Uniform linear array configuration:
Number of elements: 12
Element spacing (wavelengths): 1
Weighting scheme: binomial
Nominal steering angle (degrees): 45
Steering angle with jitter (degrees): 45.822
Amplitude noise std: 0.05
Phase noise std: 0.05

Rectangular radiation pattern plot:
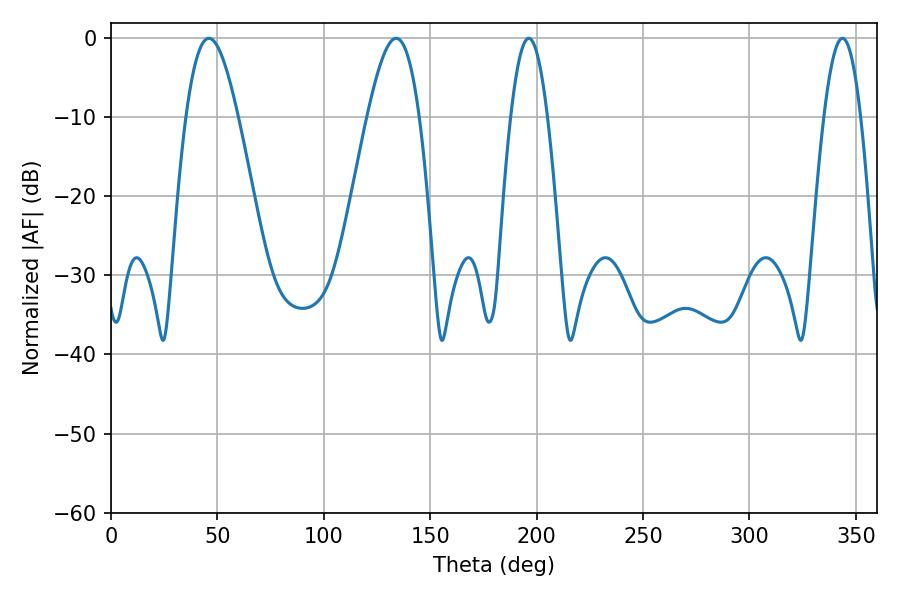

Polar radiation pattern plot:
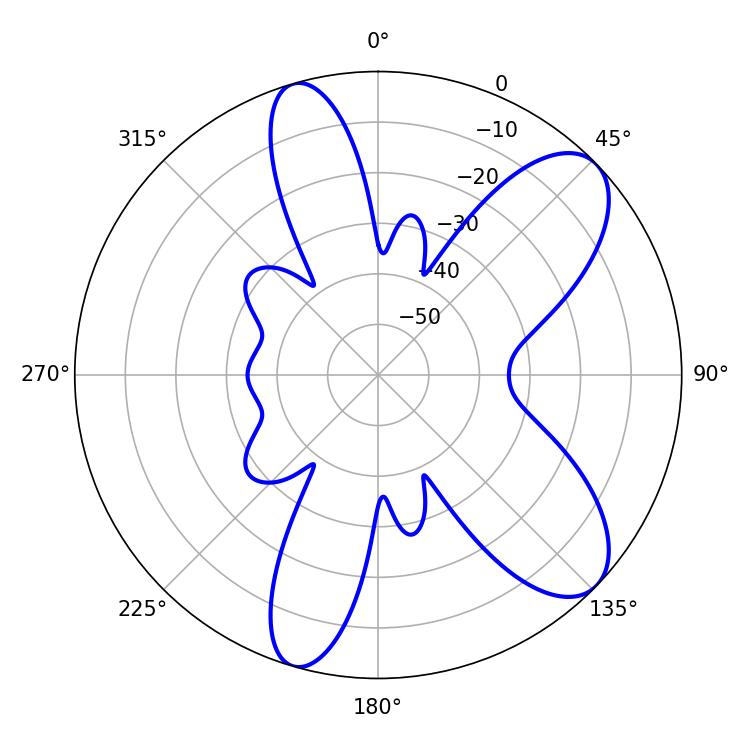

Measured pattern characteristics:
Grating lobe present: TRUE
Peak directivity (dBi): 8.797
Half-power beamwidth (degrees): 13.32
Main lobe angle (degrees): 46.08